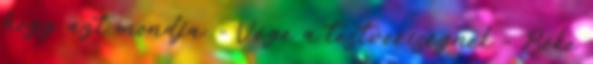
hogy azt mondja: - Vége a testvériségnek - Béke